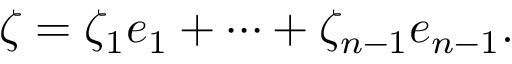
\zeta = \zeta _ { 1 } e _ { 1 } + \cdots + \zeta _ { n - 1 } e _ { n - 1 } .